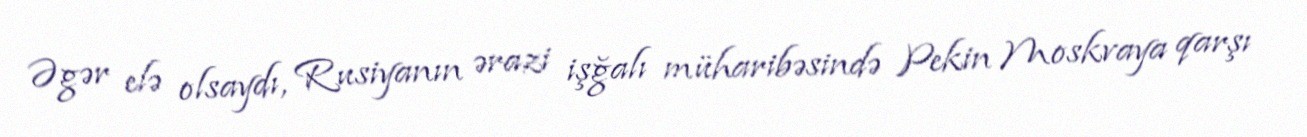
Əgər elə olsaydı, Rusiyanın ərazi işğalı müharibəsində Pekin Moskvaya qarşı